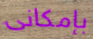
بإمكانى